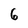
Character: 6